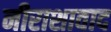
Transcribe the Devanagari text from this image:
नीराशावाद